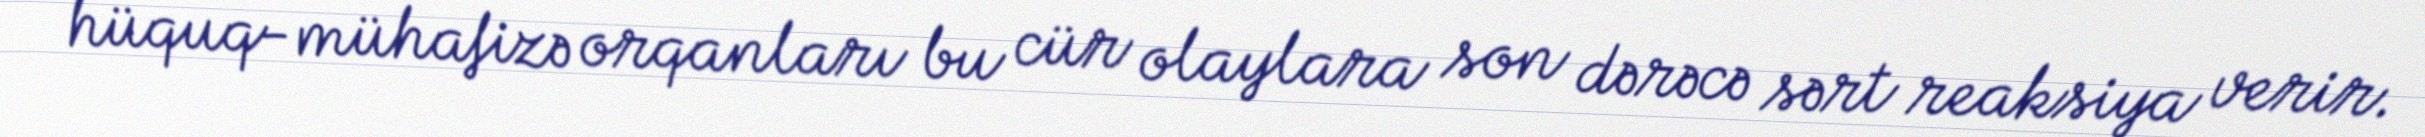
hüquq-mühafizə orqanları bu cür olaylara son dərəcə sərt reaksiya verir.